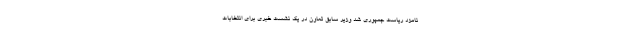
نامزد ریاست‌ جمهوری شد وزیر سابق تعاون در یک نشست خبری برای انتخابات